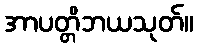
အာပတ္တိဘယသုတ်။